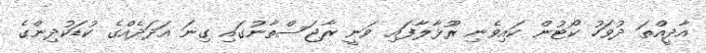
އާދީއްތަ ދުވަހު ކޯޓުން ކައިވެނި ރޫޅާލާފައި ވަނީ ރާޖަސްތާނުގައި ގިނަ އަދަދެއްގެ ކުޑަކުދިންގެ